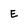
Character: E